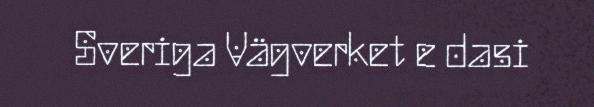
Sveriga Vägverket e dasi